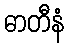
ဓာတီနံ